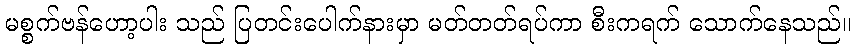
မစ္စက်ဗန်ဟော့ပါး သည် ပြတင်းပေါက်နားမှာ မတ်တတ်ရပ်ကာ စီးကရက် သောက်နေသည်။